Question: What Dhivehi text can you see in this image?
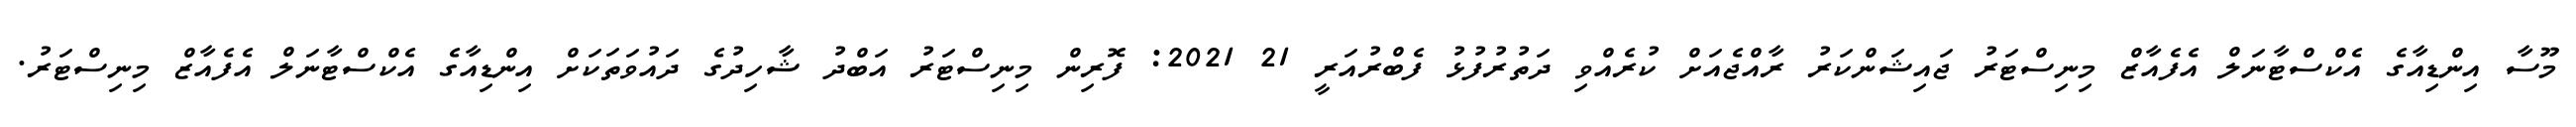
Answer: މޫސާ އިންޑިއާގެ އެކްސްޓާނަލް އެފެއާޒް މިނިސްޓަރު ޖައިޝަންކަރު ރާއްޖެއަށް ކުރެއްވި ދަތުރުފުޅު ފެބްރުއަރީ 21 2021: ފޮރިން މިނިސްޓަރު އަބްދު ޝާހިދުގެ ދައުވަތަކަށް އިންޑިއާގެ އެކްސްޓާނަލް އެފެއާޒް މިނިސްޓަރު.